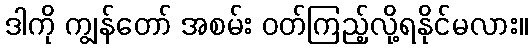
ဒါကို ကျွန်တော် အစမ်း ဝတ်ကြည့်လို့ရနိုင်မလား။